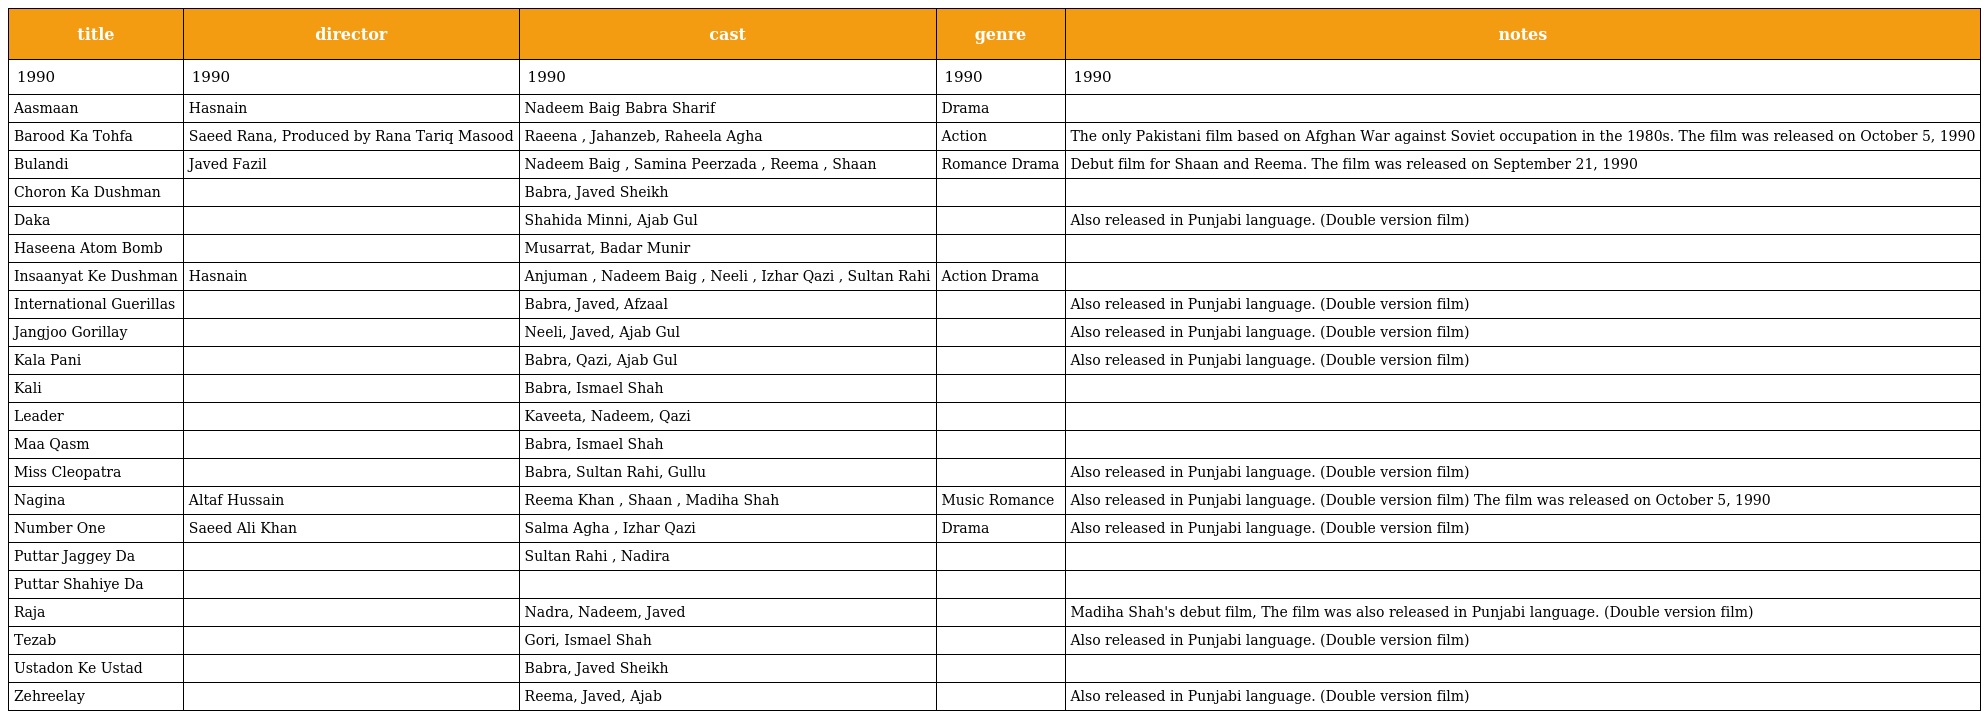
| title | director | cast | genre | notes |
 | --- | --- | --- | --- | --- |
 | 1990 | 1990 | 1990 | 1990 | 1990 |
 | Aasmaan | Hasnain | Nadeem Baig Babra Sharif | Drama |  |
 | Barood Ka Tohfa | Saeed Rana, Produced by Rana Tariq Masood | Raeena , Jahanzeb, Raheela Agha | Action | The only Pakistani film based on Afghan War against Soviet occupation in the 1980s. The film was released on October 5, 1990 |
 | Bulandi | Javed Fazil | Nadeem Baig , Samina Peerzada , Reema , Shaan | Romance Drama | Debut film for Shaan and Reema. The film was released on September 21, 1990 |
 | Choron Ka Dushman |  | Babra, Javed Sheikh |  |  |
 | Daka |  | Shahida Minni, Ajab Gul |  | Also released in Punjabi language. (Double version film) |
 | Haseena Atom Bomb |  | Musarrat, Badar Munir |  |  |
 | Insaanyat Ke Dushman | Hasnain | Anjuman , Nadeem Baig , Neeli , Izhar Qazi , Sultan Rahi | Action Drama |  |
 | International Guerillas |  | Babra, Javed, Afzaal |  | Also released in Punjabi language. (Double version film) |
 | Jangjoo Gorillay |  | Neeli, Javed, Ajab Gul |  | Also released in Punjabi language. (Double version film) |
 | Kala Pani |  | Babra, Qazi, Ajab Gul |  | Also released in Punjabi language. (Double version film) |
 | Kali |  | Babra, Ismael Shah |  |  |
 | Leader |  | Kaveeta, Nadeem, Qazi |  |  |
 | Maa Qasm |  | Babra, Ismael Shah |  |  |
 | Miss Cleopatra |  | Babra, Sultan Rahi, Gullu |  | Also released in Punjabi language. (Double version film) |
 | Nagina | Altaf Hussain | Reema Khan , Shaan , Madiha Shah | Music Romance | Also released in Punjabi language. (Double version film) The film was released on October 5, 1990 |
 | Number One | Saeed Ali Khan | Salma Agha , Izhar Qazi | Drama | Also released in Punjabi language. (Double version film) |
 | Puttar Jaggey Da |  | Sultan Rahi , Nadira |  |  |
 | Puttar Shahiye Da |  |  |  |  |
 | Raja |  | Nadra, Nadeem, Javed |  | Madiha Shah's debut film, The film was also released in Punjabi language. (Double version film) |
 | Tezab |  | Gori, Ismael Shah |  | Also released in Punjabi language. (Double version film) |
 | Ustadon Ke Ustad |  | Babra, Javed Sheikh |  |  |
 | Zehreelay |  | Reema, Javed, Ajab |  | Also released in Punjabi language. (Double version film) |